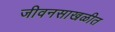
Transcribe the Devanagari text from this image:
जीवनसाखळीत